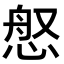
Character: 𫺚